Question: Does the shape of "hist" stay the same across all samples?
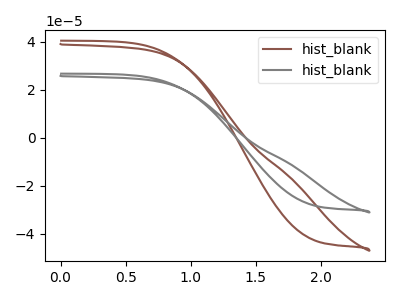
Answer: <think>The brown curve "hist_blank1" has no peaks. The gray curve "hist_blank2" has no peaks.
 Neither "hist_blank1" or "hist_blank2" have any peaks.</think>
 <answer>All the CV's of "hist" have similar shape.</answer>
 <eval>follow_rule</eval>